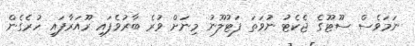
ނަމަވެސް ސޫޓޫގެ ޖެކެޓު ނުވަތަ ފަޓުލޫނު މިނަށް ވުރެ ބާރުވެފައި ރޫއަރާފައި ހުރެގެން